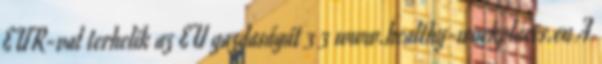
EUR-val terhelik az EU gazdaságát 3 3 www.healthy-workplaces.eu A